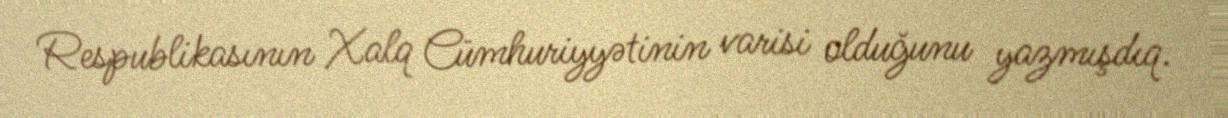
Respublikasının Xalq Cümhuriyyətinin varisi olduğunu yazmışdıq.